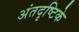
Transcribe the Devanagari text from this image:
अंतदृष्टिके